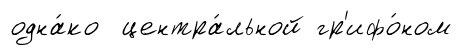
одна́ко центра́льной гр'ифо́ном